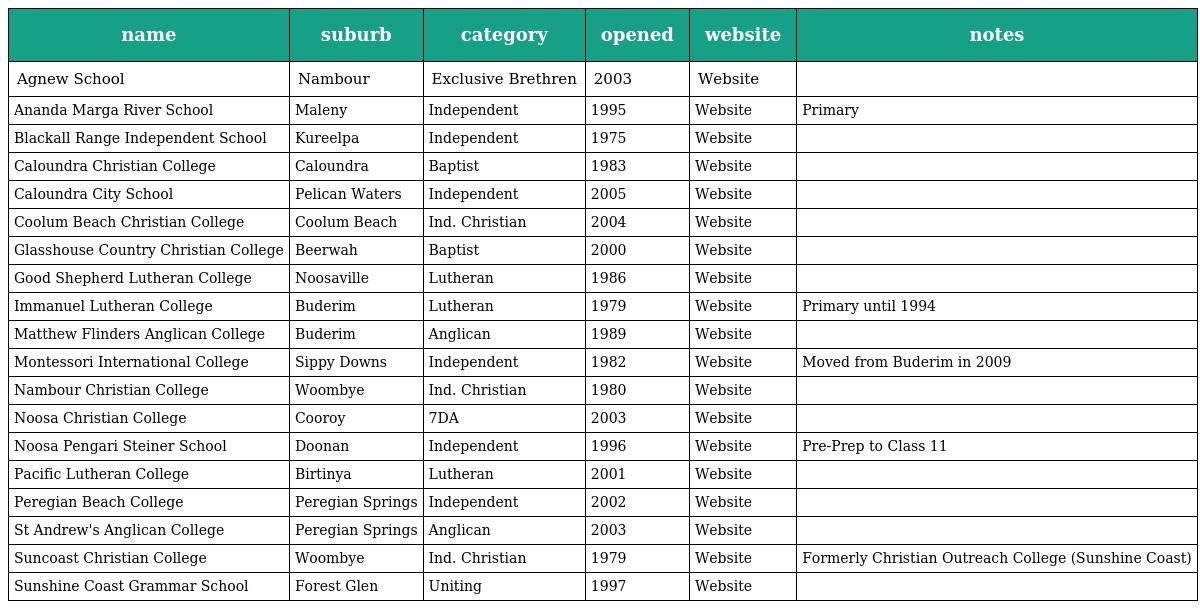
| name | suburb | category | opened | website | notes |
 | --- | --- | --- | --- | --- | --- |
 | Agnew School | Nambour | Exclusive Brethren | 2003 | Website |  |
 | Ananda Marga River School | Maleny | Independent | 1995 | Website | Primary |
 | Blackall Range Independent School | Kureelpa | Independent | 1975 | Website |  |
 | Caloundra Christian College | Caloundra | Baptist | 1983 | Website |  |
 | Caloundra City School | Pelican Waters | Independent | 2005 | Website |  |
 | Coolum Beach Christian College | Coolum Beach | Ind. Christian | 2004 | Website |  |
 | Glasshouse Country Christian College | Beerwah | Baptist | 2000 | Website |  |
 | Good Shepherd Lutheran College | Noosaville | Lutheran | 1986 | Website |  |
 | Immanuel Lutheran College | Buderim | Lutheran | 1979 | Website | Primary until 1994 |
 | Matthew Flinders Anglican College | Buderim | Anglican | 1989 | Website |  |
 | Montessori International College | Sippy Downs | Independent | 1982 | Website | Moved from Buderim in 2009 |
 | Nambour Christian College | Woombye | Ind. Christian | 1980 | Website |  |
 | Noosa Christian College | Cooroy | 7DA | 2003 | Website |  |
 | Noosa Pengari Steiner School | Doonan | Independent | 1996 | Website | Pre-Prep to Class 11 |
 | Pacific Lutheran College | Birtinya | Lutheran | 2001 | Website |  |
 | Peregian Beach College | Peregian Springs | Independent | 2002 | Website |  |
 | St Andrew's Anglican College | Peregian Springs | Anglican | 2003 | Website |  |
 | Suncoast Christian College | Woombye | Ind. Christian | 1979 | Website | Formerly Christian Outreach College (Sunshine Coast) |
 | Sunshine Coast Grammar School | Forest Glen | Uniting | 1997 | Website |  |